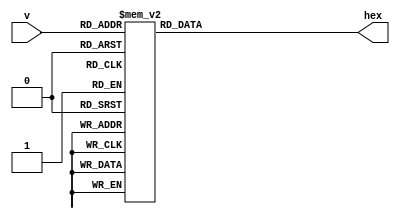
module Seg7(input [3:0]  v,
				output reg[6:0] hex);
		
	always @(*) begin
		case(v)
			4'b0000: hex = 7'b1000000; // 0
			4'b0001: hex = 7'b1111001; // 1
			4'b0010: hex = 7'b0100100; // 2
			4'b0011: hex = 7'b0110000; // 3
			4'b0100: hex = 7'b0011001; // 4
			4'b0101: hex = 7'b0010010; // 5
			4'b0110: hex = 7'b0000010; // 6
			4'b0111: hex = 7'b1111000; // 7
			4'b1000: hex = 7'b0000000; // 8
			4'b1001: hex = 7'b0011000; // 9
			4'b1010: hex = 7'b0001000; // A
			4'b1011: hex = 7'b0000011; // B
			4'b1100: hex = 7'b1000110; // C
			4'b1101: hex = 7'b0100001; // D
			4'b1110: hex = 7'b0000110; // E
			4'b1111: hex = 7'b0001110; // F
			default: hex = 7'b1000000; // 0
		endcase
	end
	
endmodule